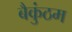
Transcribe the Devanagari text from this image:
बैकुंठम